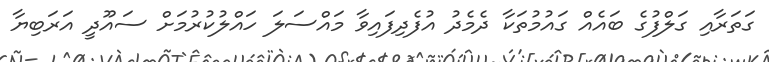
ގަތަރާއި ގަލްފުގެ ބައެއް ގައުމުތަކާ ދެމެދު އުފެދިފައިވާ މައްސަލަ ހައްލުކުރުމަށް ސައޫދީ އަރަބިޔާ